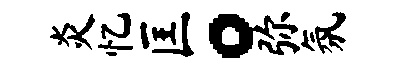
炎忆匡。弥氛